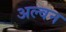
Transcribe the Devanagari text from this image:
अल्वन